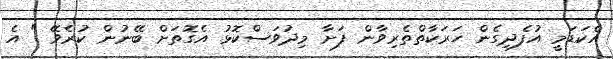
އެކަޑަމީ އުފެދިގެން ހަރަކާތްތެރިވާން ފަށާ މިދުވަސްކޮޅު އެގޮތަށް ބޭނުން ކުރެވޭ " އެ